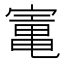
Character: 𡪫